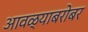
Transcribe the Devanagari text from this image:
आवळ्याबरोबर